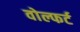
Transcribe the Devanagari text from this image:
वोल्फर्ट